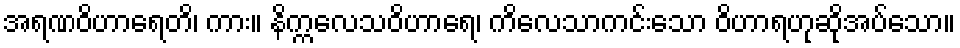
အရဏဝိဟာရေတိ၊ ကား။ နိက္ကလေသဝိဟာရေ၊ ကိလေသာကင်းသော ဝိဟာရဟုဆိုအပ်သော။